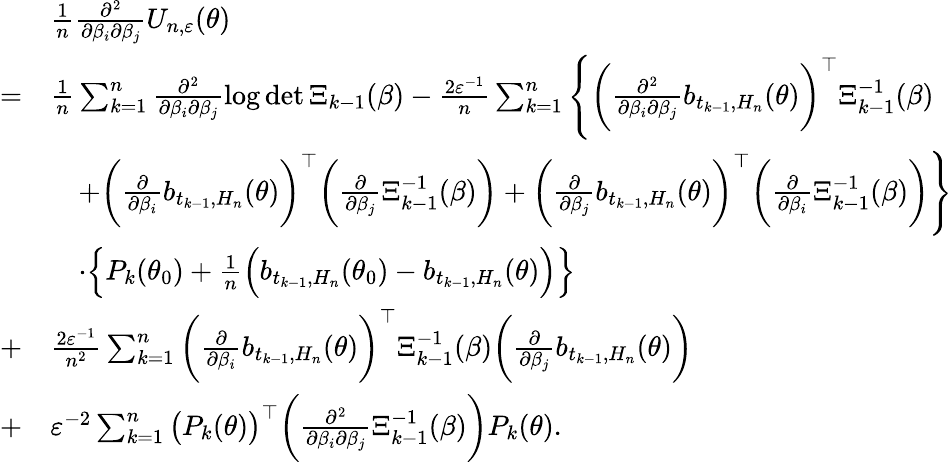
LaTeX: \begin{array}{rl}&{\frac{1}{n}\frac{\partial^{2}}{\partial\beta_{i}\partial\beta_{j}}U_{n,\varepsilon}(\theta)}\\ {=}&{\frac{1}{n}\sum_{k=1}^{n}\frac{\partial^{2}}{\partial\beta_{i}\partial\beta_{j}}\log\operatorname*{det}\Xi_{k-1}(\beta)-\frac{2\varepsilon^{-1}}{n}\sum_{k=1}^{n}\Bigg\{ \bigg(\frac{\partial^{2}}{\partial\beta_{i}\partial\beta_{j}}b_{t_{k-1},H_{n}}(\theta)\bigg)^{\top}\Xi_{k-1}^{-1}(\beta)}\\ &{\quad+\bigg(\frac{\partial}{\partial\beta_{i}}b_{t_{k-1},H_{n}}(\theta)\bigg)^{\top}\bigg(\frac{\partial}{\partial\beta_{j}}\Xi_{k-1}^{-1}(\beta)\bigg)+\bigg(\frac{\partial}{\partial\beta_{j}}b_{t_{k-1},H_{n}}(\theta)\bigg)^{\top}\bigg(\frac{\partial}{\partial\beta_{i}}\Xi_{k-1}^{-1}(\beta)\bigg)\Bigg\} }\\ &{\quad\cdot\Big\{ P_{k}(\theta_{0})+\frac{1}{n}\Big(b_{t_{k-1},H_{n}}(\theta_{0})-b_{t_{k-1},H_{n}}(\theta)\Big)\Big\} }\\ {+}&{\frac{2\varepsilon^{-1}}{n^{2}}\sum_{k=1}^{n}\bigg(\frac{\partial}{\partial\beta_{i}}b_{t_{k-1},H_{n}}(\theta)\bigg)^{\top}\Xi_{k-1}^{-1}(\beta)\bigg(\frac{\partial}{\partial\beta_{j}}b_{t_{k-1},H_{n}}(\theta)\bigg)}\\ {+}&{\varepsilon^{-2}\sum_{k=1}^{n}\big(P_{k}(\theta)\big)^{\top}\bigg(\frac{\partial^{2}}{\partial\beta_{i}\partial\beta_{j}}\Xi_{k-1}^{-1}(\beta)\bigg)P_{k}(\theta).}\end{array}